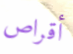
أقراص